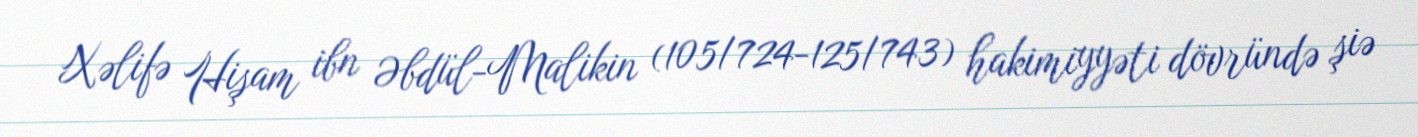
Xəlifə Hişam ibn Əbdül-Malikin (105/724-125/743) hakimiyyəti dövründə şiə